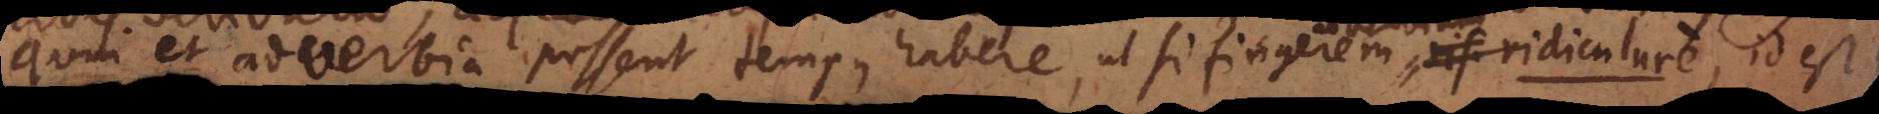
quin et adverbia possent tempus habere, ut si fingerem adverbium ridiculure, id est